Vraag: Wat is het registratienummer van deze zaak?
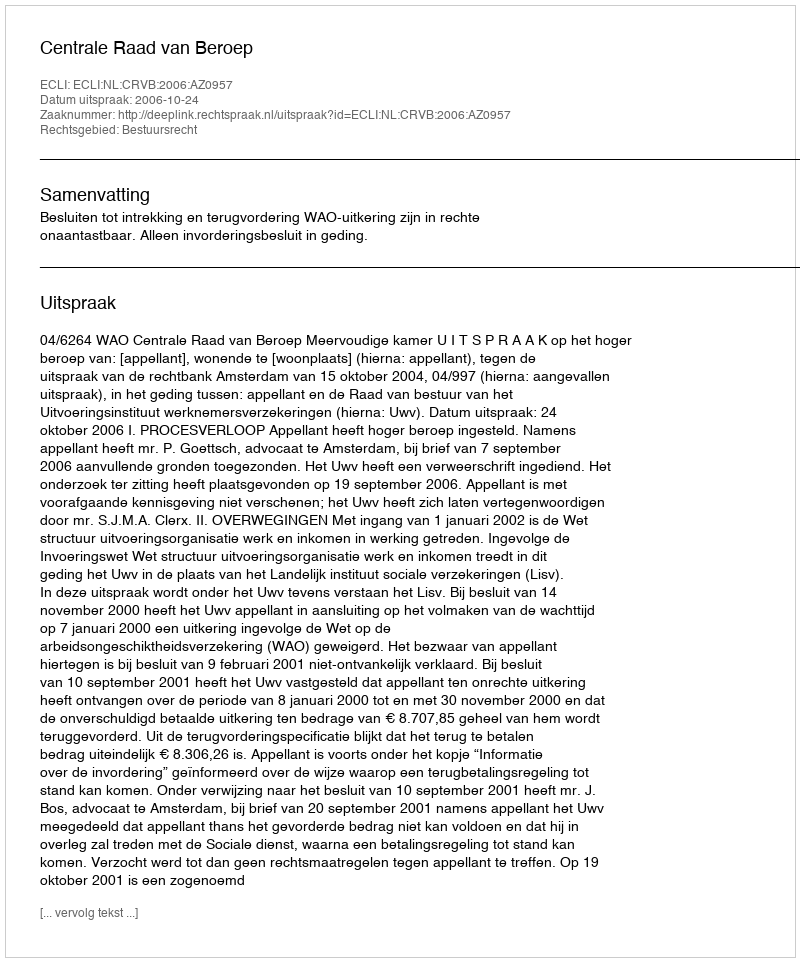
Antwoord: http://deeplink.rechtspraak.nl/uitspraak?id=ECLI:NL:CRVB:2006:AZ0957